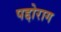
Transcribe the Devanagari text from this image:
पद्दोराग